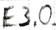
Text: E3.0